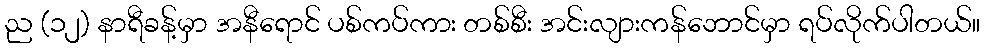
ည (၁၂) နာရီခန့်မှာ အနီရောင် ပစ်ကပ်ကား တစ်စီး အင်းလျားကန်ဘောင်မှာ ရပ်လိုက်ပါတယ်။